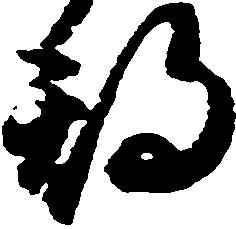
期